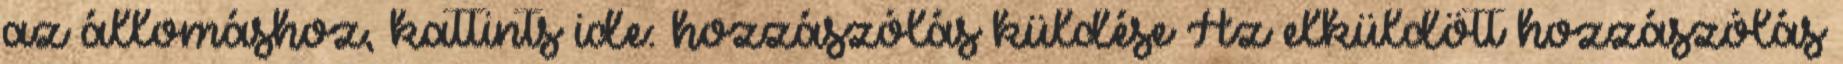
az állomáshoz, kattints ide: hozzászólás küldése Az elküldött hozzászólás